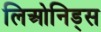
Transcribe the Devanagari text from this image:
लिओनिड्‌स